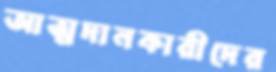
আত্মদানকারীদের